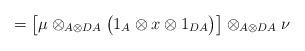
LaTeX: \begin{align*}=\big[ \mu \otimes _{A\otimes DA} \big( 1_A \otimes x \otimes 1_{DA} \big)\big] \otimes _{A\otimes DA} \nu\end{align*}